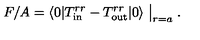
F / A = \langle 0 | T _ { \mathrm { i n } } ^ { r r } - T _ { \mathrm { o u t } } ^ { r r } | 0 \rangle \bigm | _ { r = a } .